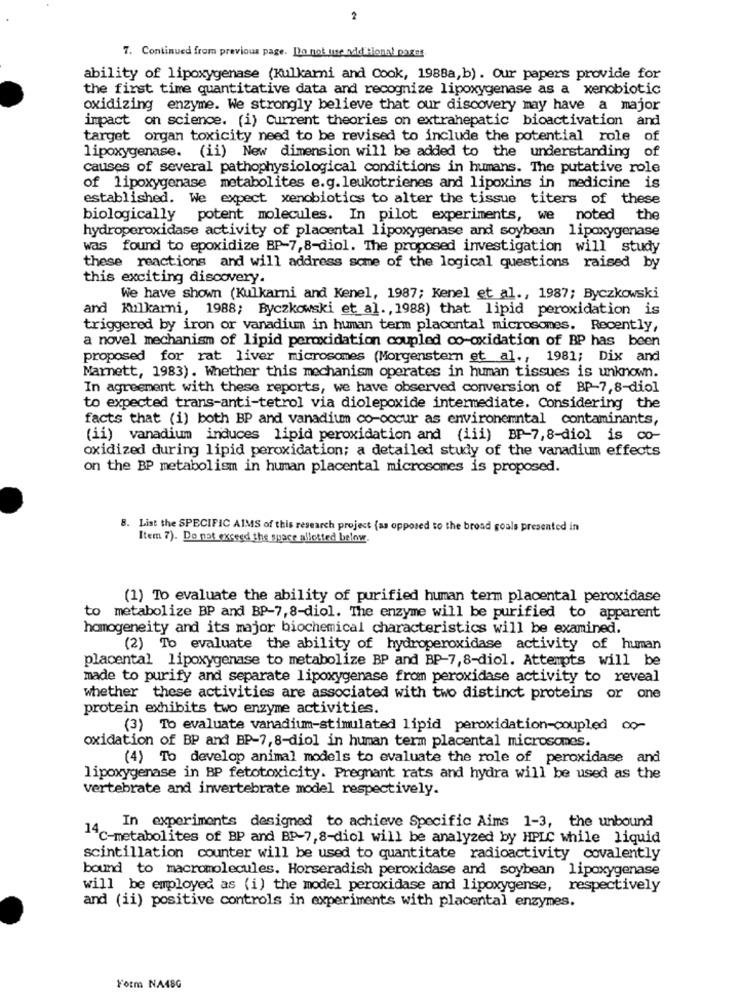
2
7. Continued from previous page. Do not une wald cional pages.
ability of lipoxygenase (Kulkarni and Cook, 1988a, b). Our papers provide for
the first time quantitative data and recognize lipoxygenase as a xenobiotic
oxidizing enzyme. We strongly believe that our discovery may have a major
impact on science. (i) Current theories on extrahepatic bioactivation and
target organ toxicity need to be revised to include the potential role of
lipoxygenase. (ii) New dimension will be added to the understanding of
causes of several pathophysiological conditions in humans. The putative role
of lipoxygenase metabolites e.g. leukotrienes and lipoxins in medicine is
established. We expect xenobiotics to alter the tissue titers of these
biologically
potent molecules. In pilot experiments, we noted the
hydroperoxidase activity of placental lipoxygenase and soybean lipoxygenase
was found to epoxidize BP-7,8-diol. The proposed investigation will study
these reactions and will address some of the logical questions raised by
this exciting discovery.
We have shown (Kulkarni and Kenel, 1987; Kenel et al ., 1987; Byczkowski
and Kulkarni, 1988; Byczkowski et al ., 1988) that lipid peroxidation is
triggered by iron or vanadium in human term placental microsomes. Recently,
a novel mechanism of lipid peroxidation coupled co-oxidation of BP has been
proposed for rat liver microsomes (Morgenstern et al ., 1981; Dix and
Marnett, 1983). Whether this mechanism operates in human tissues is unknown.
In agreement with these reports, we have observed conversion of BP-7,8-diol
to expected trans-anti-tetrol via diolepoxide intermediate. Considering the
facts that (i) both BP and vanadium co-occur as environemntal contaminants,
(ii) vanadium induces lipid peroxidation and (iii) BP-7,8-diol is co-
oxidized during lipid peroxidation; a detailed study of the vanadium effects
on the BP metabolism in human placental microsomes is proposed.
8. List the SPECIFIC AIMS of this research project (as opposed to the broad goals presented in
Item 7). Do not exceed the space allotted below.
(1) To evaluate the ability of purified human term placental peroxidase
to metabolize BP and BP-7,8-diol. The enzyme will be purified to apparent
homogeneity and its major biochemical characteristics will be examined.
(2) To evaluate the ability of hydroperoxidase activity of human
placental lipoxygenase to metabolize BP and BP-7,8-diol. Attempts will be
made to purify and separate lipoxygenase from peroxidase activity to reveal
whether these activities are associated with two distinct proteins or one
protein exhibits two enzyme activities.
(3) To evaluate vanadium-stimulated lipid peroxidation-coupled co-
oxidation of BP and BP-7, 8-diol in human term placental microsomes.
(4) To develop animal models to evaluate the role of peroxidase and
lipoxygenase in BP fetotoxicity. Pregnant rats and hydra will be used as the
vertebrate and invertebrate model respectively.
In experiments designed to achieve Specific Aims 1-3, the unbound
14℃-metabolites of BP and BP-7,8-diol will be analyzed by HPLC while liquid
scintillation counter will be used to quantitate radioactivity covalently
bound to macromolecules. Horseradish peroxidase and soybean lipoxygenase
will be employed as (i) the model peroxidase and lipoxygense, respectively
and (ii) positive controls in experiments with placental enzymes.
Form NA48G